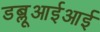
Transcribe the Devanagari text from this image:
डब्लूआईआई